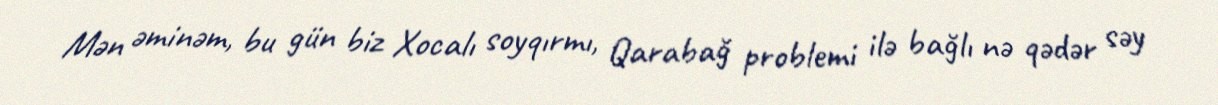
Mən əminəm, bu gün biz Xocalı soyqırmı, Qarabağ problemi ilə bağlı nə qədər səy